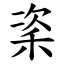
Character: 秶